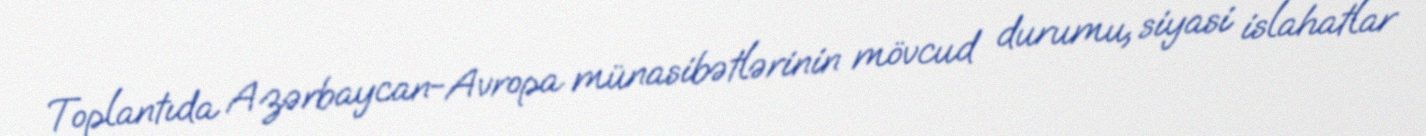
Toplantıda Azərbaycan-Avropa münasibətlərinin mövcud durumu, siyasi islahatlar